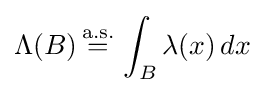
\Lambda (B)\,{\stackrel {\text{a.s.}}{=}}\,\int _{B}\lambda (x)\,dx